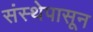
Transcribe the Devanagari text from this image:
संस्थेपासून